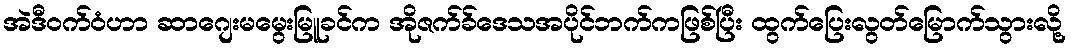
အဲဒီဝက်ဝံဟာ ဆာဂျေးမမွေးမြူခင်က အိုဇက်ခ်ဒေသအပိုင်ဘက်ကဖြစ်ပြီး ထွက်ပြေးလွတ်မြောက်သွားလို့